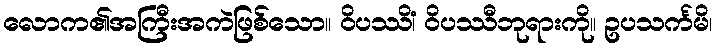
လောက၏အကြီးအကဲဖြစ်သော။ ဝိပဿိံ၊ ဝိပဿီဘုရားကို။ ဥပသင်္ကမိ၊